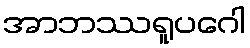
အာဘဿရူပဂေါ